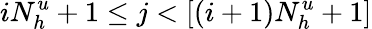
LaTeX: iN_{h}^{u}+1\le j<[(i+1)N_{h}^{u}+1]